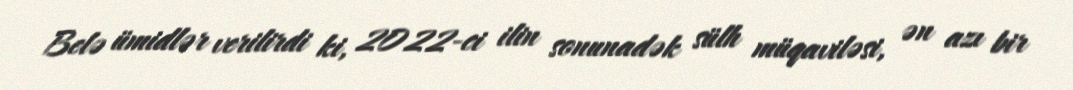
Belə ümidlər verilirdi ki, 2022-ci ilin sonunadək sülh müqaviləsi, ən azı bir